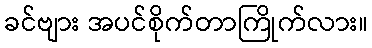
ခင်ဗျား အပင်စိုက်တာကြိုက်လား။